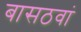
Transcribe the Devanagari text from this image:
बासठवां